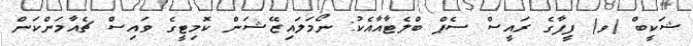
ޝަކީބް (ވ) ފީފާގެ ރައީސް ސެޕް ބްލެޓާއާއެކު: ނޯމަލައިޒޭޝަން ކޮމިޓީގެ ވައިސް ޗެއާމަންކަން